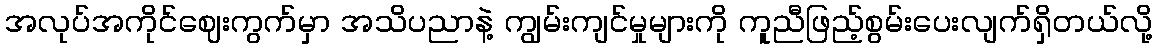
အလုပ်အကိုင်ဈေးကွက်မှာ အသိပညာနဲ့ ကျွမ်းကျင်မှုများကို ကူညီဖြည့်စွမ်းပေးလျက်ရှိတယ်လို့